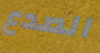
الصدع